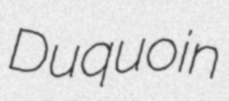
Duquoin